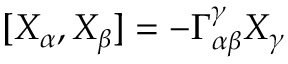
[ X _ { \alpha } , X _ { \beta } ] = - \Gamma _ { \alpha \beta } ^ { \gamma } X _ { \gamma }